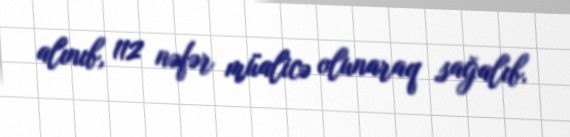
alınıb, 112 nəfər müalicə olunaraq sağalıb.